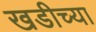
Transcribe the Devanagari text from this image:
खडीच्या